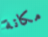
مكانة